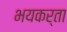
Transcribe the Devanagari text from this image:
भयकर्ता